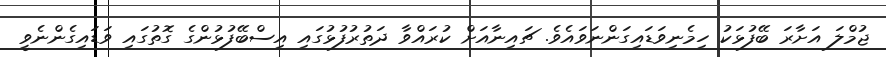
ޖުމްލަ އަށާރަ ބޭފުޅަކު ހިމެނިވަޑައިގަންނަވައެވެ. ޗައިނާއަށް ކުރައްވާ ދަތުރުފުޅުގައި އިސްބޭފުޅުންގެ ގޮތުގައި ވަޑައިގެންނެވީ